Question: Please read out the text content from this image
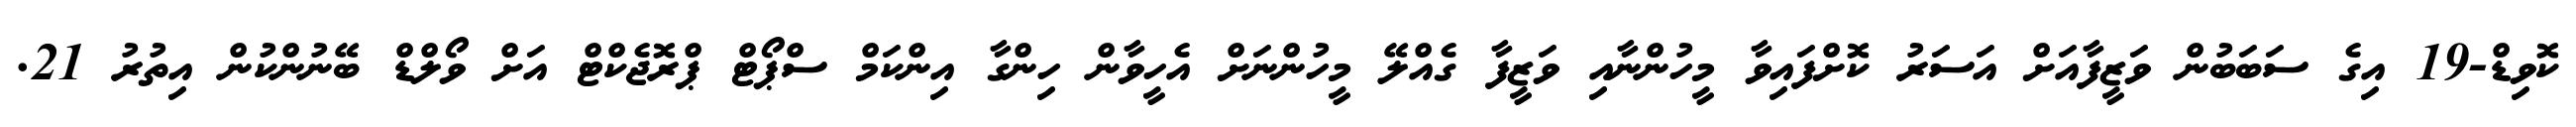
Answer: ކޮވިޑް-19 އިގެ ސަބަބުން ވަޒީފާއަށް އަސަރު ކޮށްފައިވާ މީހުންނާއި ވަޒީފާ ގެއްލޭ މީހުންނަށް އެހީވާން ހިންގާ އިންކަމް ސްޕޯޓް ޕްރޮޖެކްޓް އަށް ވޯލްޑް ބޭނުންކުން އިތުރު 21.